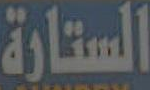
الستارة